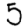
Digit: 5